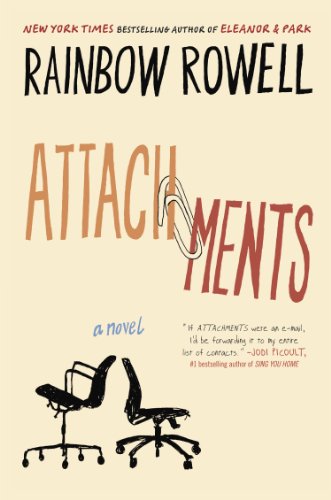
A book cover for Attachments: A Novel; Rainbow Rowell; Romance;